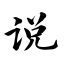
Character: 说